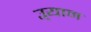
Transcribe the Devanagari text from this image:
उ्यान